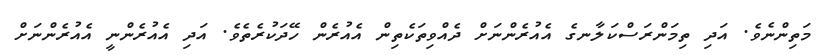
މަތިންނެވެ. އަދި ތިމަންރަސްކަލާނގެ އެއުރެންނަށް ދެއްވިތަކެތިން އެއުރެން ހޭދަކުރެތެވެ. އަދި އެއުރެންނީ އެއުރެންނަށް